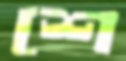
শে